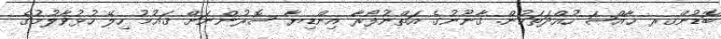
ބޮޑުންގރ ޚާއްޞަ ހުއްދަތަކުން. ޤާނޫނުގެ އަތްނުފޯރާ އިންޑިޔާ ސޮރުންނަށް ޤައުމު ހިލޭ ހުޅުވާލުމުގެ